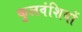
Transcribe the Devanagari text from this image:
कुलवंशियों